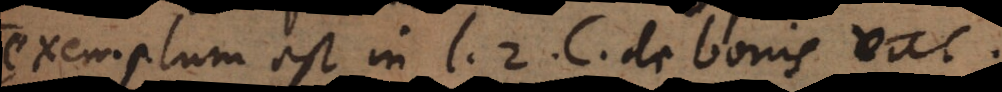
(exemplum est in l. 2. C. de bonis vac.)